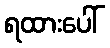
ရထားပေါ်